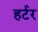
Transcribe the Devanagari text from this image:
हर्टर